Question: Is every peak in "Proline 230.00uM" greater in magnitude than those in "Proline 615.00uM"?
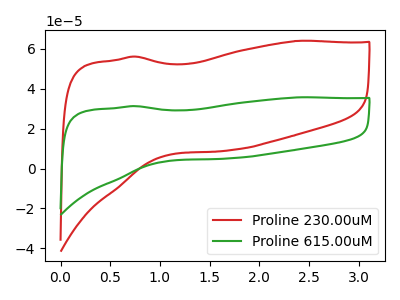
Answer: <think>The red curve "Proline 230.00uM" has no peaks. The green curve "Proline 615.00uM" has no peaks.</think>
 <answer>Niether CV has any peaks.</answer>
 <eval>blanks</eval>